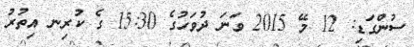
ސުންގަޑި: 12 މޭ 2015 ވަނަ ދުވަހުގެ 15:30 ގެ ކުރިނ އިތުރު